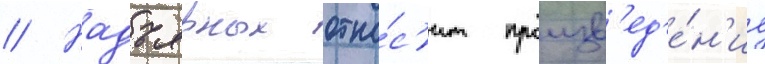
// Надъярных отно́с'ит произв'ед'е́н'ие